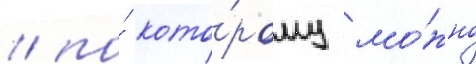
/ по́ кото́рому мо́жно